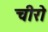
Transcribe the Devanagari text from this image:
चीरो